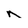
Character: n